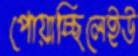
পোয়াচ্ছিলেইউ